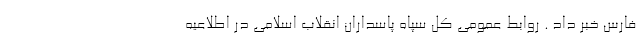
فارس خبر داد . روابط عمومی کل سپاه پاسداران انقلاب اسلامی در اطلاعیه